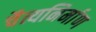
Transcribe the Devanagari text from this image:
चैत्यनिर्माण